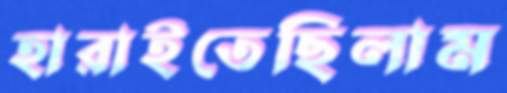
হারাইতেছিলাম